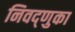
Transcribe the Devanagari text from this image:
निवद्णुका